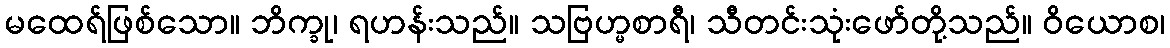
မထေရ်ဖြစ်သော။ ဘိက္ခု၊ ရဟန်းသည်။ သဗြဟ္မစာရီ၊ သီတင်းသုံးဖော်တို့သည်။ ဝိယောစ၊